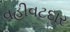
વહીવટદાર